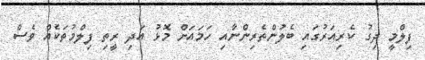
ފިލްމީ ދިގު ކެރިއަރުގައި ބެލުންތެރިންނާއި ހަމައަށް މޮޅު އަދި ރީތި ފިލްމުތަކެއް ވެސް